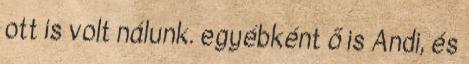
ott is volt nálunk. egyébként ő is Andi, és